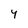
Character: 4